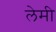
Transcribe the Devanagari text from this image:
लेमी